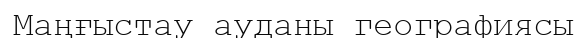
Маңғыстау ауданы географиясы